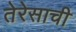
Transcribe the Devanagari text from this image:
तेरेसाची